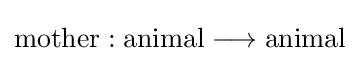
{\text{mother}}:{\text{animal}}\longrightarrow {\text{animal}}